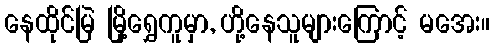
နေထိုင်မြဲ မြို့ရွှေကူမှာ, ဟို့နေသူများကြောင့် မအေး။